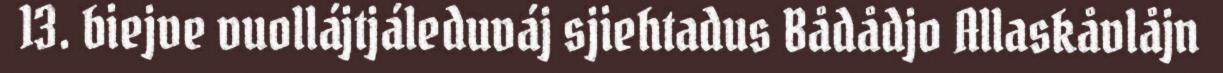
13. biejve vuollájtjáleduváj sjiehtadus Bådådjo Allaskåvlåjn